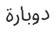
دوبارة